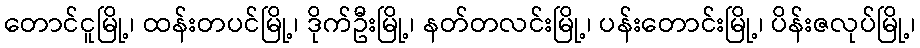
တောင်ငူမြို့၊ ထန်းတပင်မြို့၊ ဒိုက်ဦးမြို့၊ နတ်တလင်းမြို့၊ ပန်းတောင်းမြို့၊ ပိန်းဇလုပ်မြို့၊